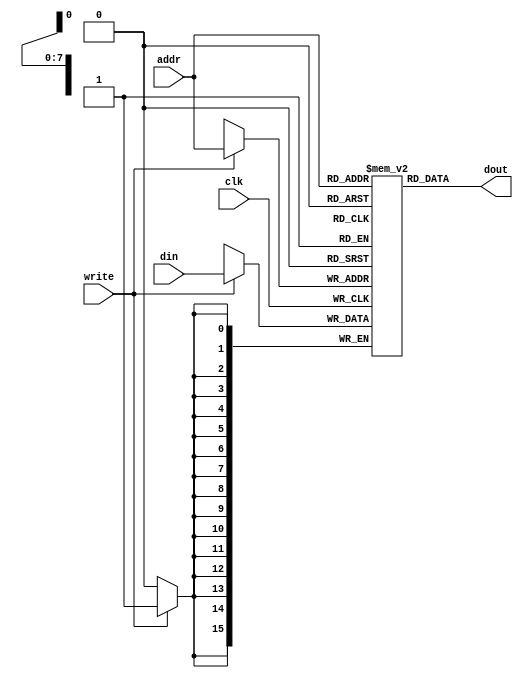
`timescale 1ns / 1ps


module RAM(
    input wire clk,
    input wire [7:0] addr,
    input wire [15:0] din,
    input wire write,
    output wire [15:0] dout
    );
    
    // 16x 256 mem array
    reg [15:0] mem [0:255];
    
    // write operation 
    always @ (posedge clk) begin
        if (write)
            mem [addr]  <= din;
    end 
    
    // read operation
    assign  dout = mem [addr];
    
endmodule